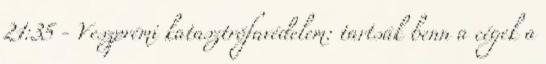
21:35 - Veszprémi katasztrófavédelem: tartsák benn a cégek a